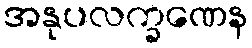
အနုပလက္ခဏေန